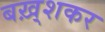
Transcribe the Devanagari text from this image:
बख़्शकर